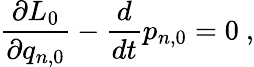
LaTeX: \frac{\partial L_{0}}{\partial q_{n,0}}-\frac{d}{dt}p_{n,0}=0\ ,